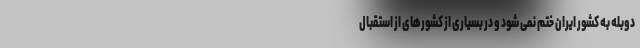
دوبله به کشور ایران ختم نمی شود و در بسیاری از کشورهای از استقبال